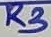
Text: R3